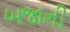
બજાની